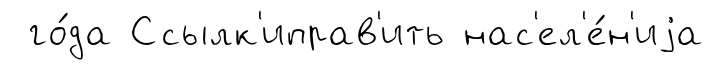
го́да Ссылк'иправ'ить нас'ел'е́н'иjа